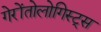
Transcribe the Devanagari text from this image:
गेरोंतोलोगिस्ट्स